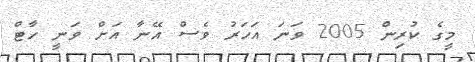
މީގެ ކުރިން 2005 ވަނަ އަހަރު ވެސް އޭނާ އަށް ވަނީ ހާޓް